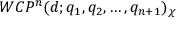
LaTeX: W C P ^ { n } ( d ; q _ { 1 } , q _ { 2 } , \dots , q _ { n + 1 } ) _ { \chi }